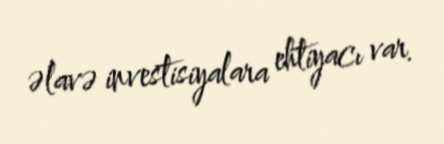
əlavə investisiyalara ehtiyacı var.